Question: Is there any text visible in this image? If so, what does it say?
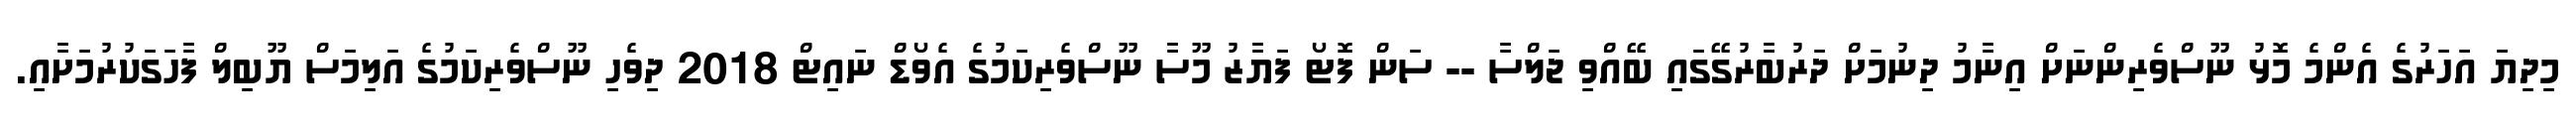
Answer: މިދިޔަ އަހަރުގެ އެންމެ މޮޅު ނޫސްވެރިންނަށް އިނާމު ދިނުމަށް ދަރުބާރުގޭގައި ބޭއްވި ޖަލްސާ -- ސަން ފޮޓޯ ފަޔާޒު މޫސާ ނޫސްވެރިކަމުގެ އެވޯޑް ނައިޓް 2018 ދިވެހި ނޫސްވެރިކަމުގެ އަލިމަސް ޔޫބިލް ފާހަގަކުރުމަށާއި.